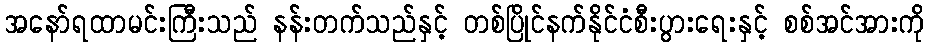
အနော်ရထာမင်းကြီးသည် နန်းတက်သည်နှင့် တစ်ပြိုင်နက်နိုင်ငံစီးပွားရေးနှင့် စစ်အင်အားကို